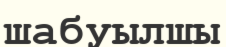
шабуылшы